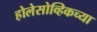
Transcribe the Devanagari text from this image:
होलेसोव्हिकच्या